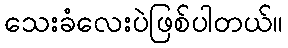
သေးခံလေးပဲဖြစ်ပါတယ်။